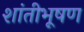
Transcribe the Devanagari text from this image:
शांतीभूषण